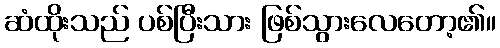
ဆံထိုးသည် ပစ်ပြီးသား ဖြစ်သွားလေတော့၏။